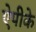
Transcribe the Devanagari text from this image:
ऐपीके